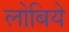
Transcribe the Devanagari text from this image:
लोबिये